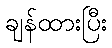
ချန်ထားပြီး